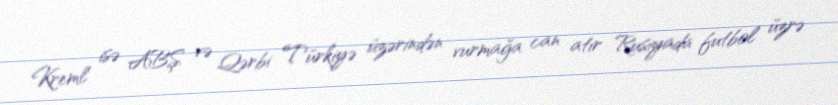
Kreml isə ABŞ və Qərbi Türkiyə üzərindən vurmağa can atır Rusiyada futbol üzrə